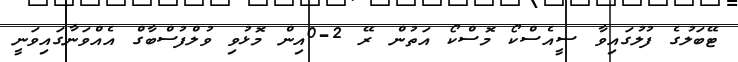
ޓޭބަލުގެ ފުލުގައިވާ ސީއެސްކޯ މޮސްކޯ އަތުން ރޭ 2-0އިން މޮޅުވި ވުލްފުސްބާގް އެއްވަނާގައިވަނީ